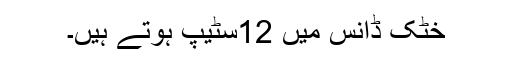
خٹک ڈانس میں 12سٹیپ ہوتے ہیں۔